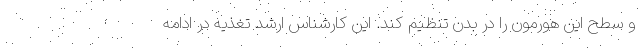
و سطح این هورمون را در بدن تنظیم کند. این کارشناس ارشد تغذیه در ادامه